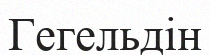
Гегельдін